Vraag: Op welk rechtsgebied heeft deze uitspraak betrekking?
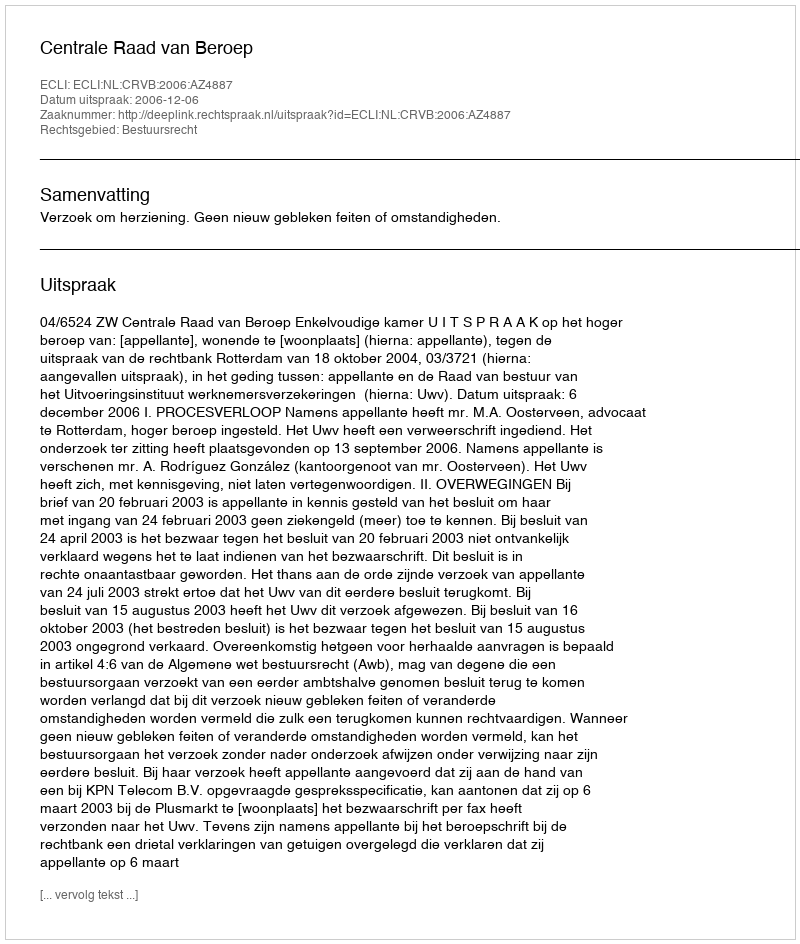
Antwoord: Bestuursrecht